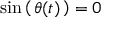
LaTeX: \sin \left( \, \theta ( t ) \, \right) = 0